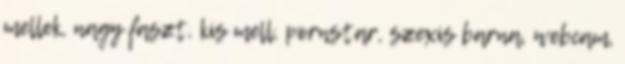
mellek, nagy faszt, kis mell, pornstar, szexis barna, webcam,